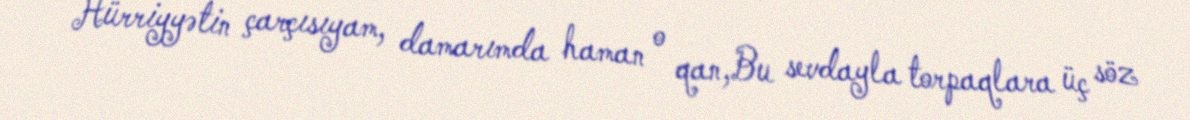
Hürriyyətin çarçısıyam, damarımda haman o qan,Bu sevdayla torpaqlara üç söz